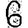
Digit: 6